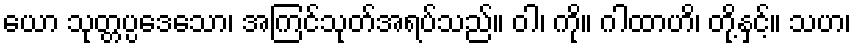
ယော သုတ္တပ္ပဒေသော၊ အကြင်သုတ်အရပ်သည်။ ဝါ၊ ကို။ ဂါထာဟိ၊ တို့နှင့်။ သဟ၊